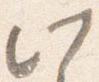
此